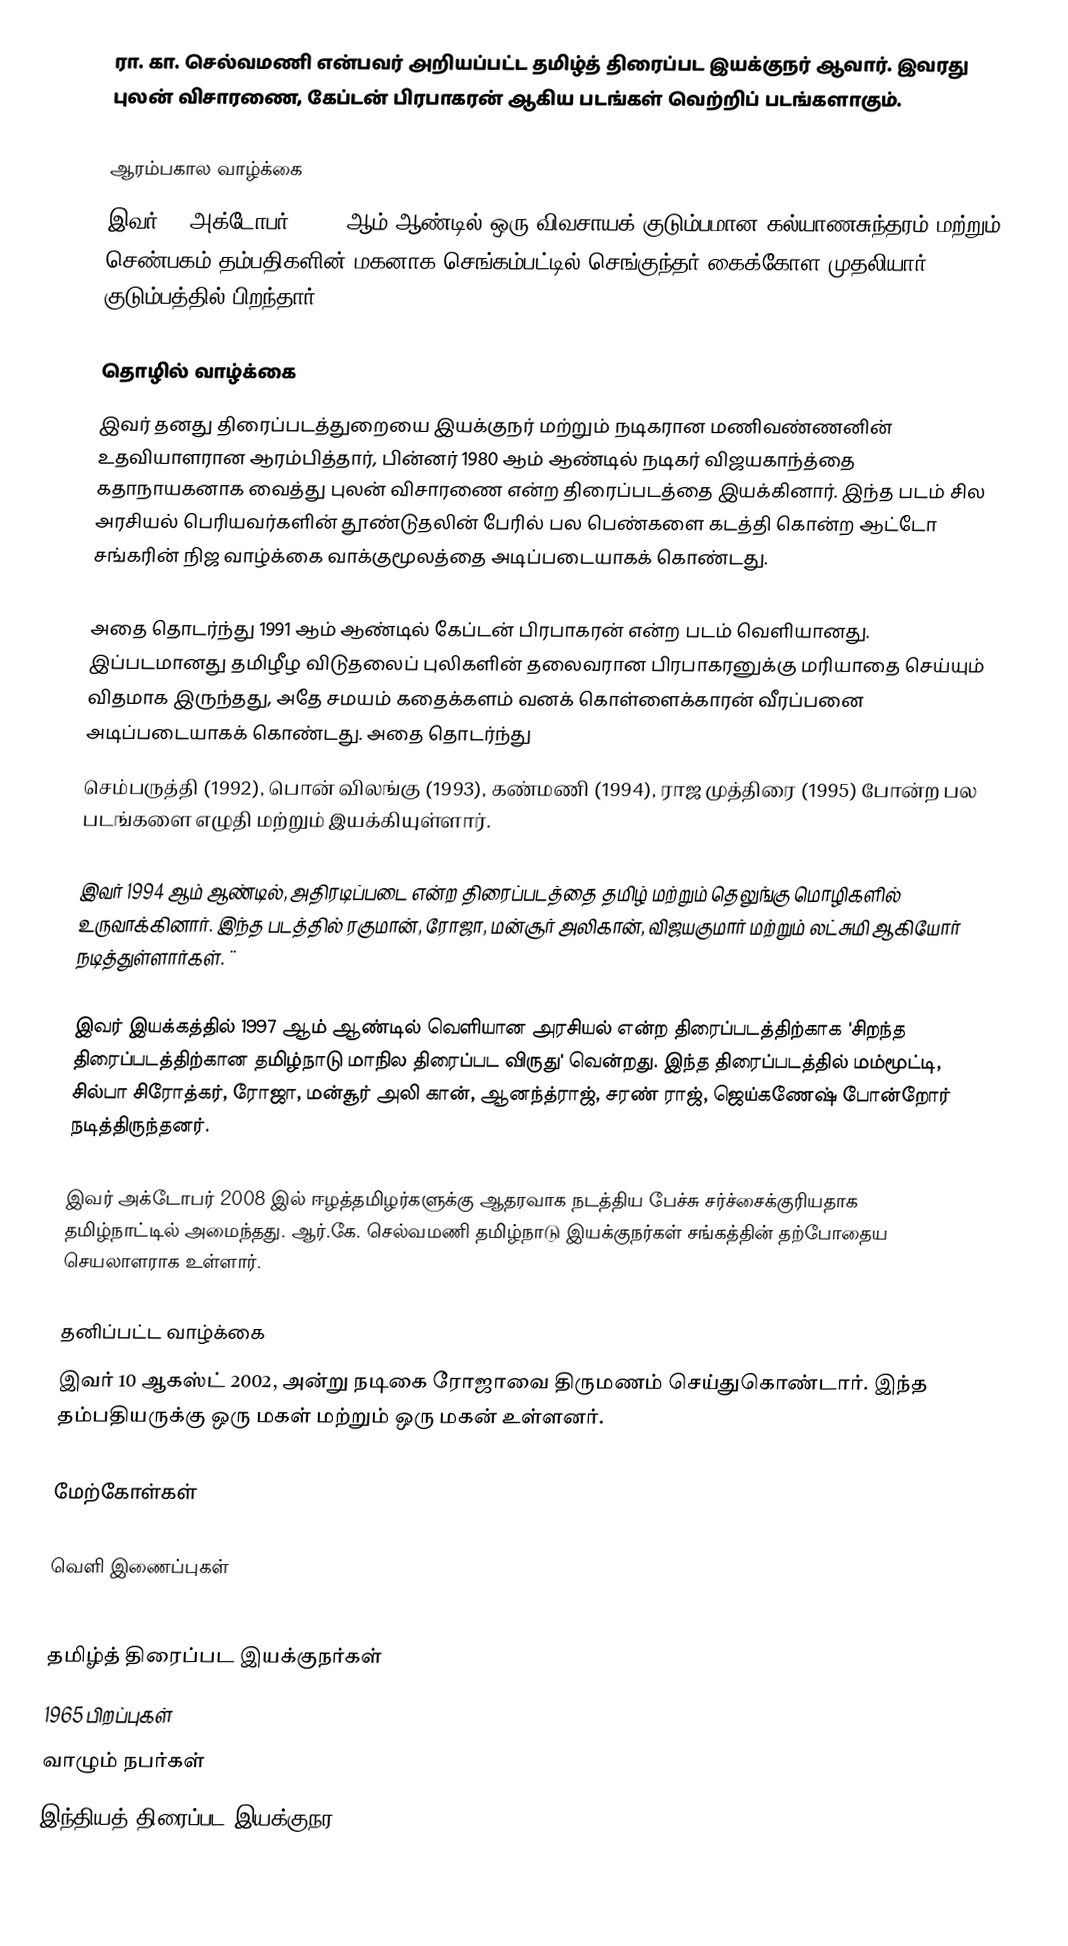
ரா. கா. செல்வமணி என்பவர் அறியப்பட்ட தமிழ்த் திரைப்பட இயக்குநர் ஆவார். இவரது புலன் விசாரணை, கேப்டன் பிரபாகரன் ஆகிய படங்கள் வெற்றிப் படங்களாகும்.

ஆரம்பகால வாழ்க்கை
இவர் 21 அக்டோபர் 1965, ஆம் ஆண்டில் ஒரு விவசாயக் குடும்பமான கல்யாணசுந்தரம் மற்றும் செண்பகம் தம்பதிகளின் மகனாக செங்கம்பட்டில் செங்குந்தர் கைக்கோள முதலியார் குடும்பத்தில் பிறந்தார்.

தொழில் வாழ்க்கை
இவர் தனது திரைப்படத்துறையை இயக்குநர் மற்றும் நடிகரான மணிவண்ணனின் உதவியாளரான ஆரம்பித்தார், பின்னர் 1980 ஆம் ஆண்டில் நடிகர் விஜயகாந்த்தை கதாநாயகனாக வைத்து புலன் விசாரணை என்ற திரைப்படத்தை இயக்கினார். இந்த படம் சில அரசியல் பெரியவர்களின் தூண்டுதலின் பேரில் பல பெண்களை கடத்தி கொன்ற  ஆட்டோ சங்கரின் நிஜ வாழ்க்கை வாக்குமூலத்தை அடிப்படையாகக் கொண்டது.

அதை தொடர்ந்து 1991 ஆம் ஆண்டில் கேப்டன் பிரபாகரன் என்ற படம் வெளியானது. இப்படமானது தமிழீழ விடுதலைப் புலிகளின் தலைவரான பிரபாகரனுக்கு மரியாதை செய்யும் விதமாக இருந்தது, அதே சமயம் கதைக்களம் வனக் கொள்ளைக்காரன் வீரப்பனை அடிப்படையாகக் கொண்டது. அதை தொடர்ந்து
செம்பருத்தி (1992), பொன் விலங்கு (1993), கண்மணி (1994), ராஜ முத்திரை (1995) போன்ற பல படங்களை எழுதி மற்றும் இயக்கியுள்ளார்.

இவர் 1994 ஆம் ஆண்டில், அதிரடிப்படை என்ற திரைப்படத்தை தமிழ் மற்றும் தெலுங்கு மொழிகளில் உருவாக்கினார். இந்த படத்தில் ரகுமான், ரோஜா, மன்சூர் அலிகான், விஜயகுமார் மற்றும் லட்சுமி ஆகியோர் நடித்துள்ளார்கள். ¨

இவர் இயக்கத்தில் 1997 ஆம் ஆண்டில் வெளியான அரசியல் என்ற திரைப்படத்திற்காக 'சிறந்த திரைப்படத்திற்கான தமிழ்நாடு மாநில திரைப்பட விருது' வென்றது. இந்த திரைப்படத்தில் மம்மூட்டி, சில்பா சிரோத்கர், ரோஜா, மன்சூர் அலி கான், ஆனந்த்ராஜ், சரண் ராஜ், ஜெய்கணேஷ் போன்றோர் நடித்திருந்தனர்.

இவர் அக்டோபர் 2008 இல் ஈழத்தமிழர்களுக்கு ஆதரவாக நடத்திய பேச்சு சர்ச்சைக்குரியதாக தமிழ்நாட்டில் அமைந்தது. ஆர்.கே. செல்வமணி தமிழ்நாடு இயக்குநர்கள் சங்கத்தின் தற்போதைய செயலாளராக உள்ளார்.

தனிப்பட்ட வாழ்க்கை
இவர் 10 ஆகஸ்ட் 2002, அன்று நடிகை ரோஜாவை திருமணம் செய்துகொண்டார். இந்த தம்பதியருக்கு ஒரு மகள் மற்றும் ஒரு மகன் உள்ளனர்.

மேற்கோள்கள்

வெளி இணைப்புகள்

தமிழ்த் திரைப்பட இயக்குநர்கள்
1965 பிறப்புகள்
வாழும் நபர்கள்
இந்தியத் திரைப்பட இயக்குநர